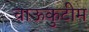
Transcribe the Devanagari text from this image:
चाऊकुटीम